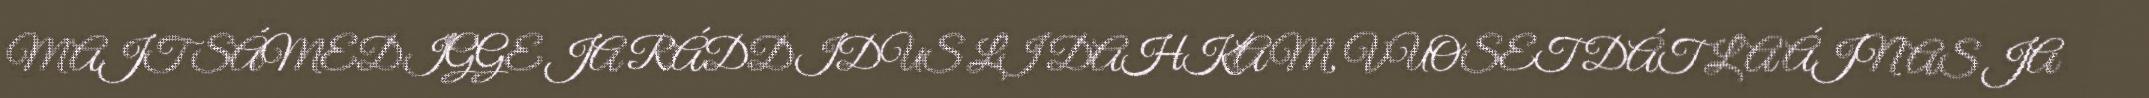
MAJT SÁMEDIGGE JA RÁDDIDUS LI DAHKAM, VUOSET DÁT LA ÁJNAS JA